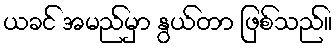
ယခင် အမည်မှာ နွယ်တာ ဖြစ်သည်။